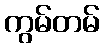
ကွမ်တမ်